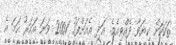
ތަކަކަށް ކިޔަވާ ދެއްވިއެވެ. އަދި އެއަށްފަހު 2001 ވަނަ އަހަރު ހަމަ އެ